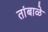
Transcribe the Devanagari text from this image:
तांबाळे